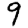
Digit: 9